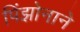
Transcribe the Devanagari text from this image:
पिंझोनाने